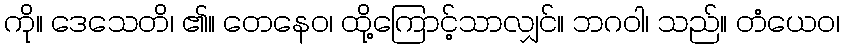
ကို။ ဒေသေတိ၊ ၏။ တေနေဝ၊ ထို့ကြောင့်သာလျှင်။ ဘဂဝါ၊ သည်။ တံယေဝ၊